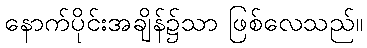
နောက်ပိုင်းအချိန်၌သာ ဖြစ်လေသည်။